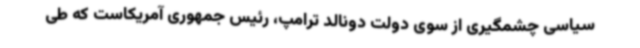
سیاسی چشمگیری از سوی دولت دونالد ترامپ، رئیس جمهوری آمریکاست که طی